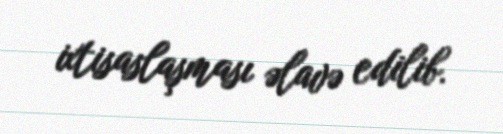
ixtisaslaşması əlavə edilib.